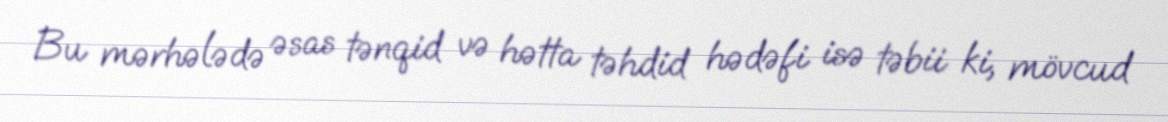
Bu mərhələdə əsas tənqid və hətta təhdid hədəfi isə təbii ki, mövcud